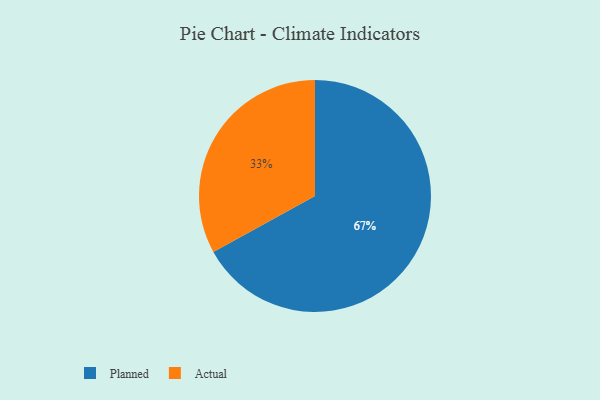
{"axis": {"x": "Category", "y": "Percentage"}, "legend": ["Actual", "Planned"], "data": [{"x": "Actual", "y": 33, "type": "Actual"}, {"x": "Planned", "y": 67, "type": "Planned"}]}